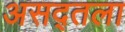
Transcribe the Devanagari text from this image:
असद्तला